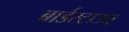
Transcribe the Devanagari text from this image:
बार्डरटाउन